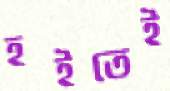
হইতেই